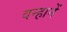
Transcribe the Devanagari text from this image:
वन्हानें